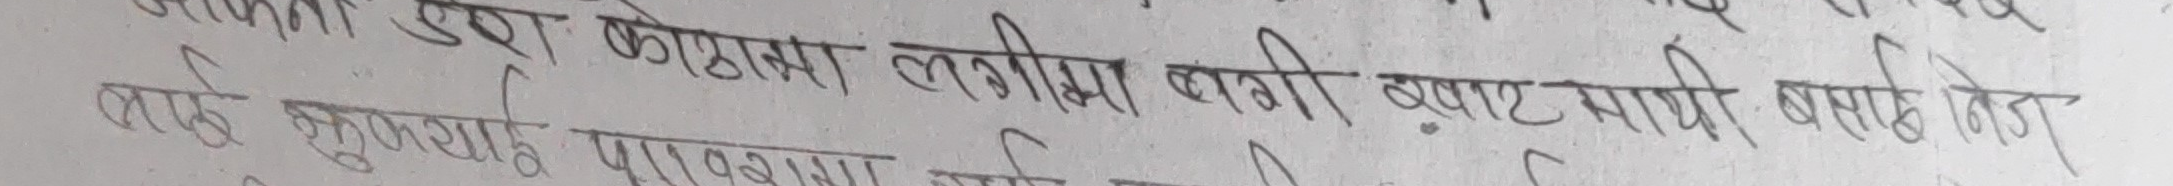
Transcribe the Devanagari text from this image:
एउटा कोठामा लगीमा बन्‌दी बुवाट माथी बसाही केज
लाहु खुकुलो पार्‌योमा लागिमा